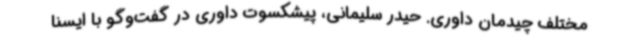
مختلف چیدمان داوری. حیدر سلیمانی، پیشکسوت داوری در گفت‌وگو با ایسنا